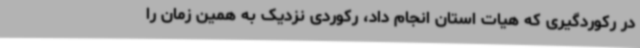
در رکوردگیری که هیات استان انجام داد، رکوردی نزدیک به همین زمان را